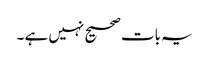
یہ بات صحیح نہیں ہے ۔